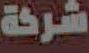
شركة